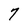
Character: 7